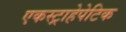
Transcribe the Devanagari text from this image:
एकस्ट्राहेपेटिक